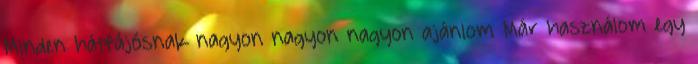
Minden hátfájósnak nagyon nagyon nagyon ajánlom Már használom egy